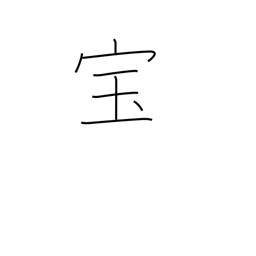
Meaning: treasure